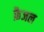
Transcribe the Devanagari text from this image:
फ़ैजल